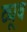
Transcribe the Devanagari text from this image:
ट्यूव